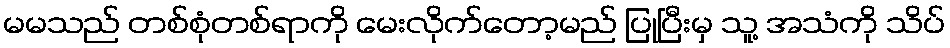
မမသည် တစ်စုံတစ်ရာကို မေးလိုက်တော့မည် ပြုပြီးမှ သူ့ အသံကို သိပ်